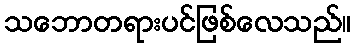
သဘောတရားပင်ဖြစ်လေသည်။